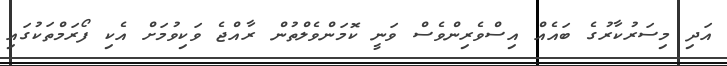
އަދި މިސަރުކާރުގެ ބައެއް އިސްވެރިންވެސް ވަނީ ކޮމަންވެލްތުން ރާއްޖެ ވަކިވުމަށް އެކި ފޯރަމްތަކުގައި